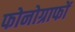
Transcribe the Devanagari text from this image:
फोनोग्राफों